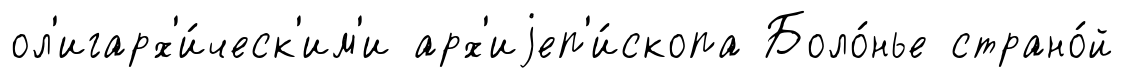
ол'игарх'и́ческ'им'и арх'иjеп'и́скопа Боло́нье страно́й